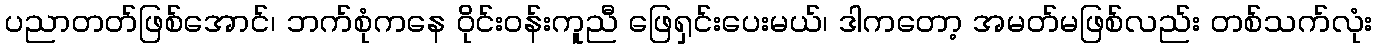
ပညာတတ်ဖြစ်အောင်၊ ဘက်စုံကနေ ဝိုင်းဝန်းကူညီ ဖြေရှင်းပေးမယ်၊ ဒါကတော့ အမတ်မဖြစ်လည်း တစ်သက်လုံး